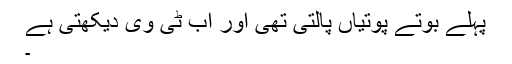
پہلے بوتے پوتیاں پالتی تھی اور اب ٹی وی دیکھتی ہے
۔